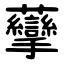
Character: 䖂